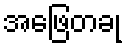
အဖြေတခု